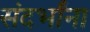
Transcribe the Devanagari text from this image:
संदर्भांना